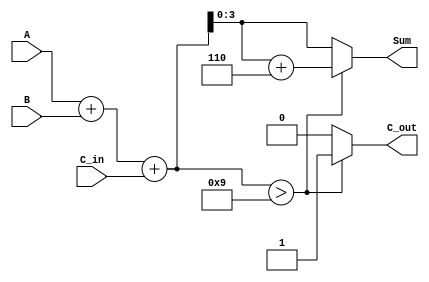
module BCD_Conditional_Adder (
    input  wire [3:0] A,       // First BCD digit
    input  wire [3:0] B,       // Second BCD digit
    input  wire C_in,          // Carry input
    output reg  [3:0] Sum,     // BCD sum output
    output reg C_out           // Carry output
);

    wire [4:0] Temp_Sum;       // Temporary sum (5 bits to accommodate carry)
    
    // Step 1: Perform initial addition
    assign Temp_Sum = A + B + C_in;

    // Step 2: Check for BCD validity and adjust if necessary
    always @(*) begin
        if (Temp_Sum > 9) begin
            Sum = Temp_Sum + 4'b0110; // Add 6 to adjust for BCD
            C_out = 1;                 // Set carry out
        end else begin
            Sum = Temp_Sum[3:0];       // Take the lower 4 bits
            C_out = 0;                 // No carry out
        end
    end

endmodule